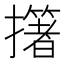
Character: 𢷷